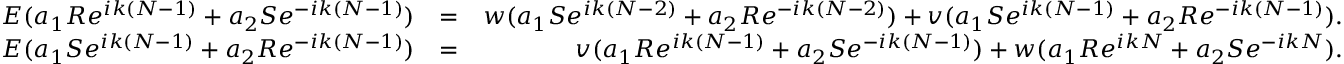
\begin{array} { r l r } { E ( a _ { 1 } R e ^ { i k ( N - 1 ) } + a _ { 2 } S e ^ { - i k ( N - 1 ) } ) } & { = } & { w ( a _ { 1 } S e ^ { i k ( N - 2 ) } + a _ { 2 } R e ^ { - i k ( N - 2 ) } ) + v ( a _ { 1 } S e ^ { i k ( N - 1 ) } + a _ { 2 } R e ^ { - i k ( N - 1 ) } ) . } \\ { E ( a _ { 1 } S e ^ { i k ( N - 1 ) } + a _ { 2 } R e ^ { - i k ( N - 1 ) } ) } & { = } & { v ( a _ { 1 } R e ^ { i k ( N - 1 ) } + a _ { 2 } S e ^ { - i k ( N - 1 ) } ) + w ( a _ { 1 } R e ^ { i k N } + a _ { 2 } S e ^ { - i k N } ) . } \end{array}